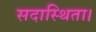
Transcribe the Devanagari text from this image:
सदास्थिता।